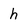
Character: h